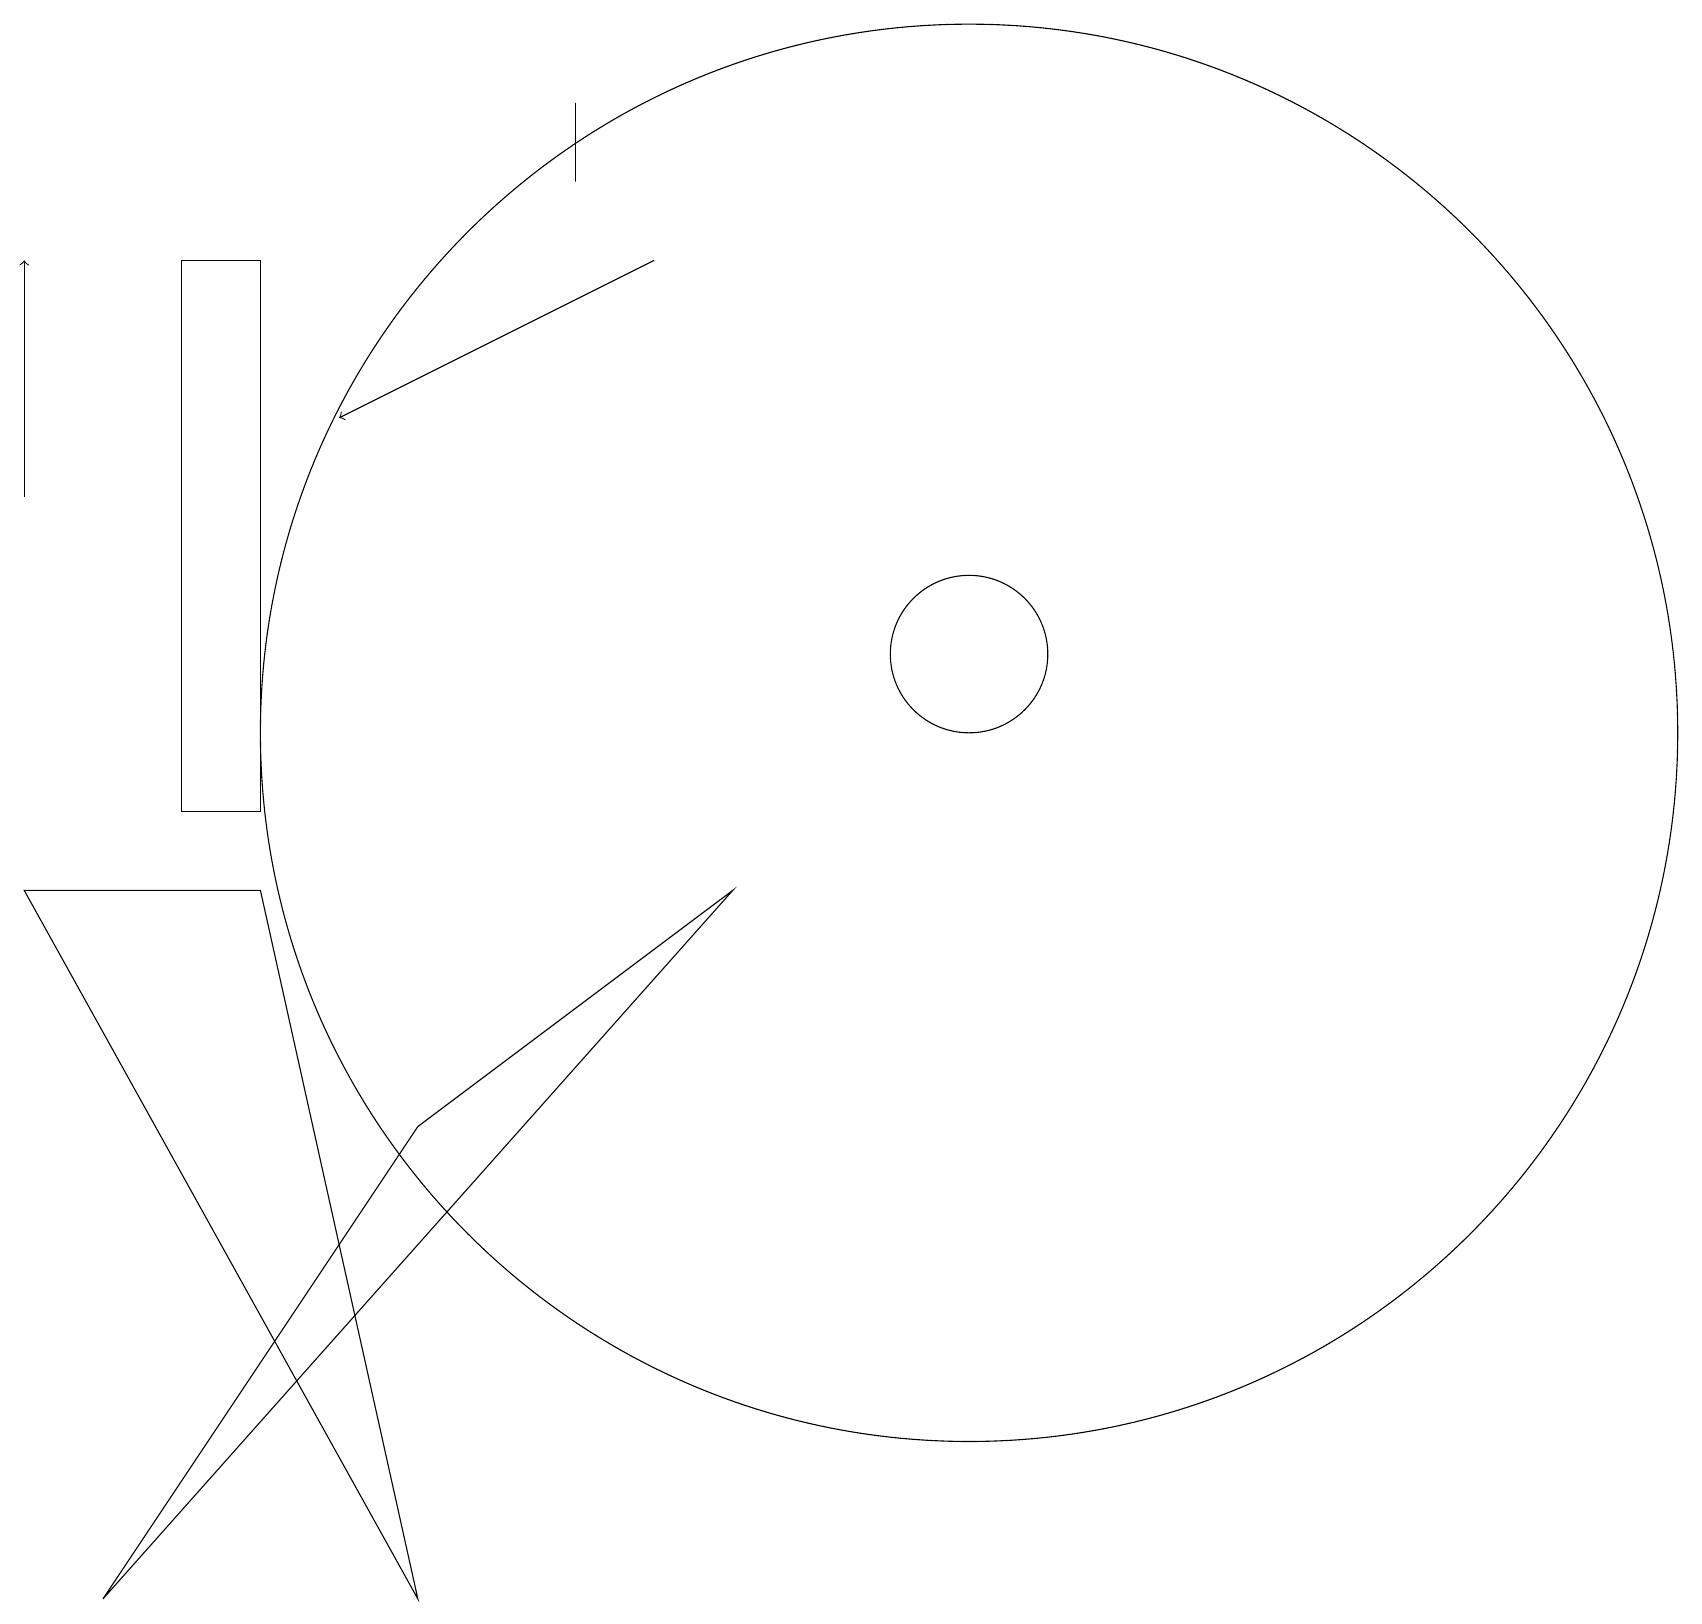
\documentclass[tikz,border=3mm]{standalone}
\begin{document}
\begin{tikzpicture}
\draw (3,9) -- (5,0) -- (0,9) -- cycle;
\draw (7,18) rectangle (7,19);
\draw[->] (0,14) -- (0,17);
\draw (3,17) rectangle (2,10);
\draw[->] (8,17) -- (4,15);
\draw (12,11) circle (9);
\draw (12,12) circle (1);
\draw (1,0) -- (5,6) -- (9,9) -- cycle;
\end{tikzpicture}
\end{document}